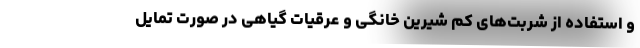
و استفاده از شربت‌های کم شیرین خانگی و عرقیات گیاهی در صورت تمایل